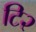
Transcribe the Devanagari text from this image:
टि२